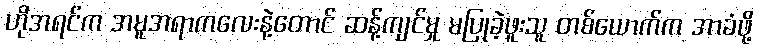
ဟိုအရင်က အမူအရာကလေးနဲ့တောင် ဆန့်ကျင်မှု မပြုခဲ့ဖူးသူ တစ်ယောက်က အာခံဖို့